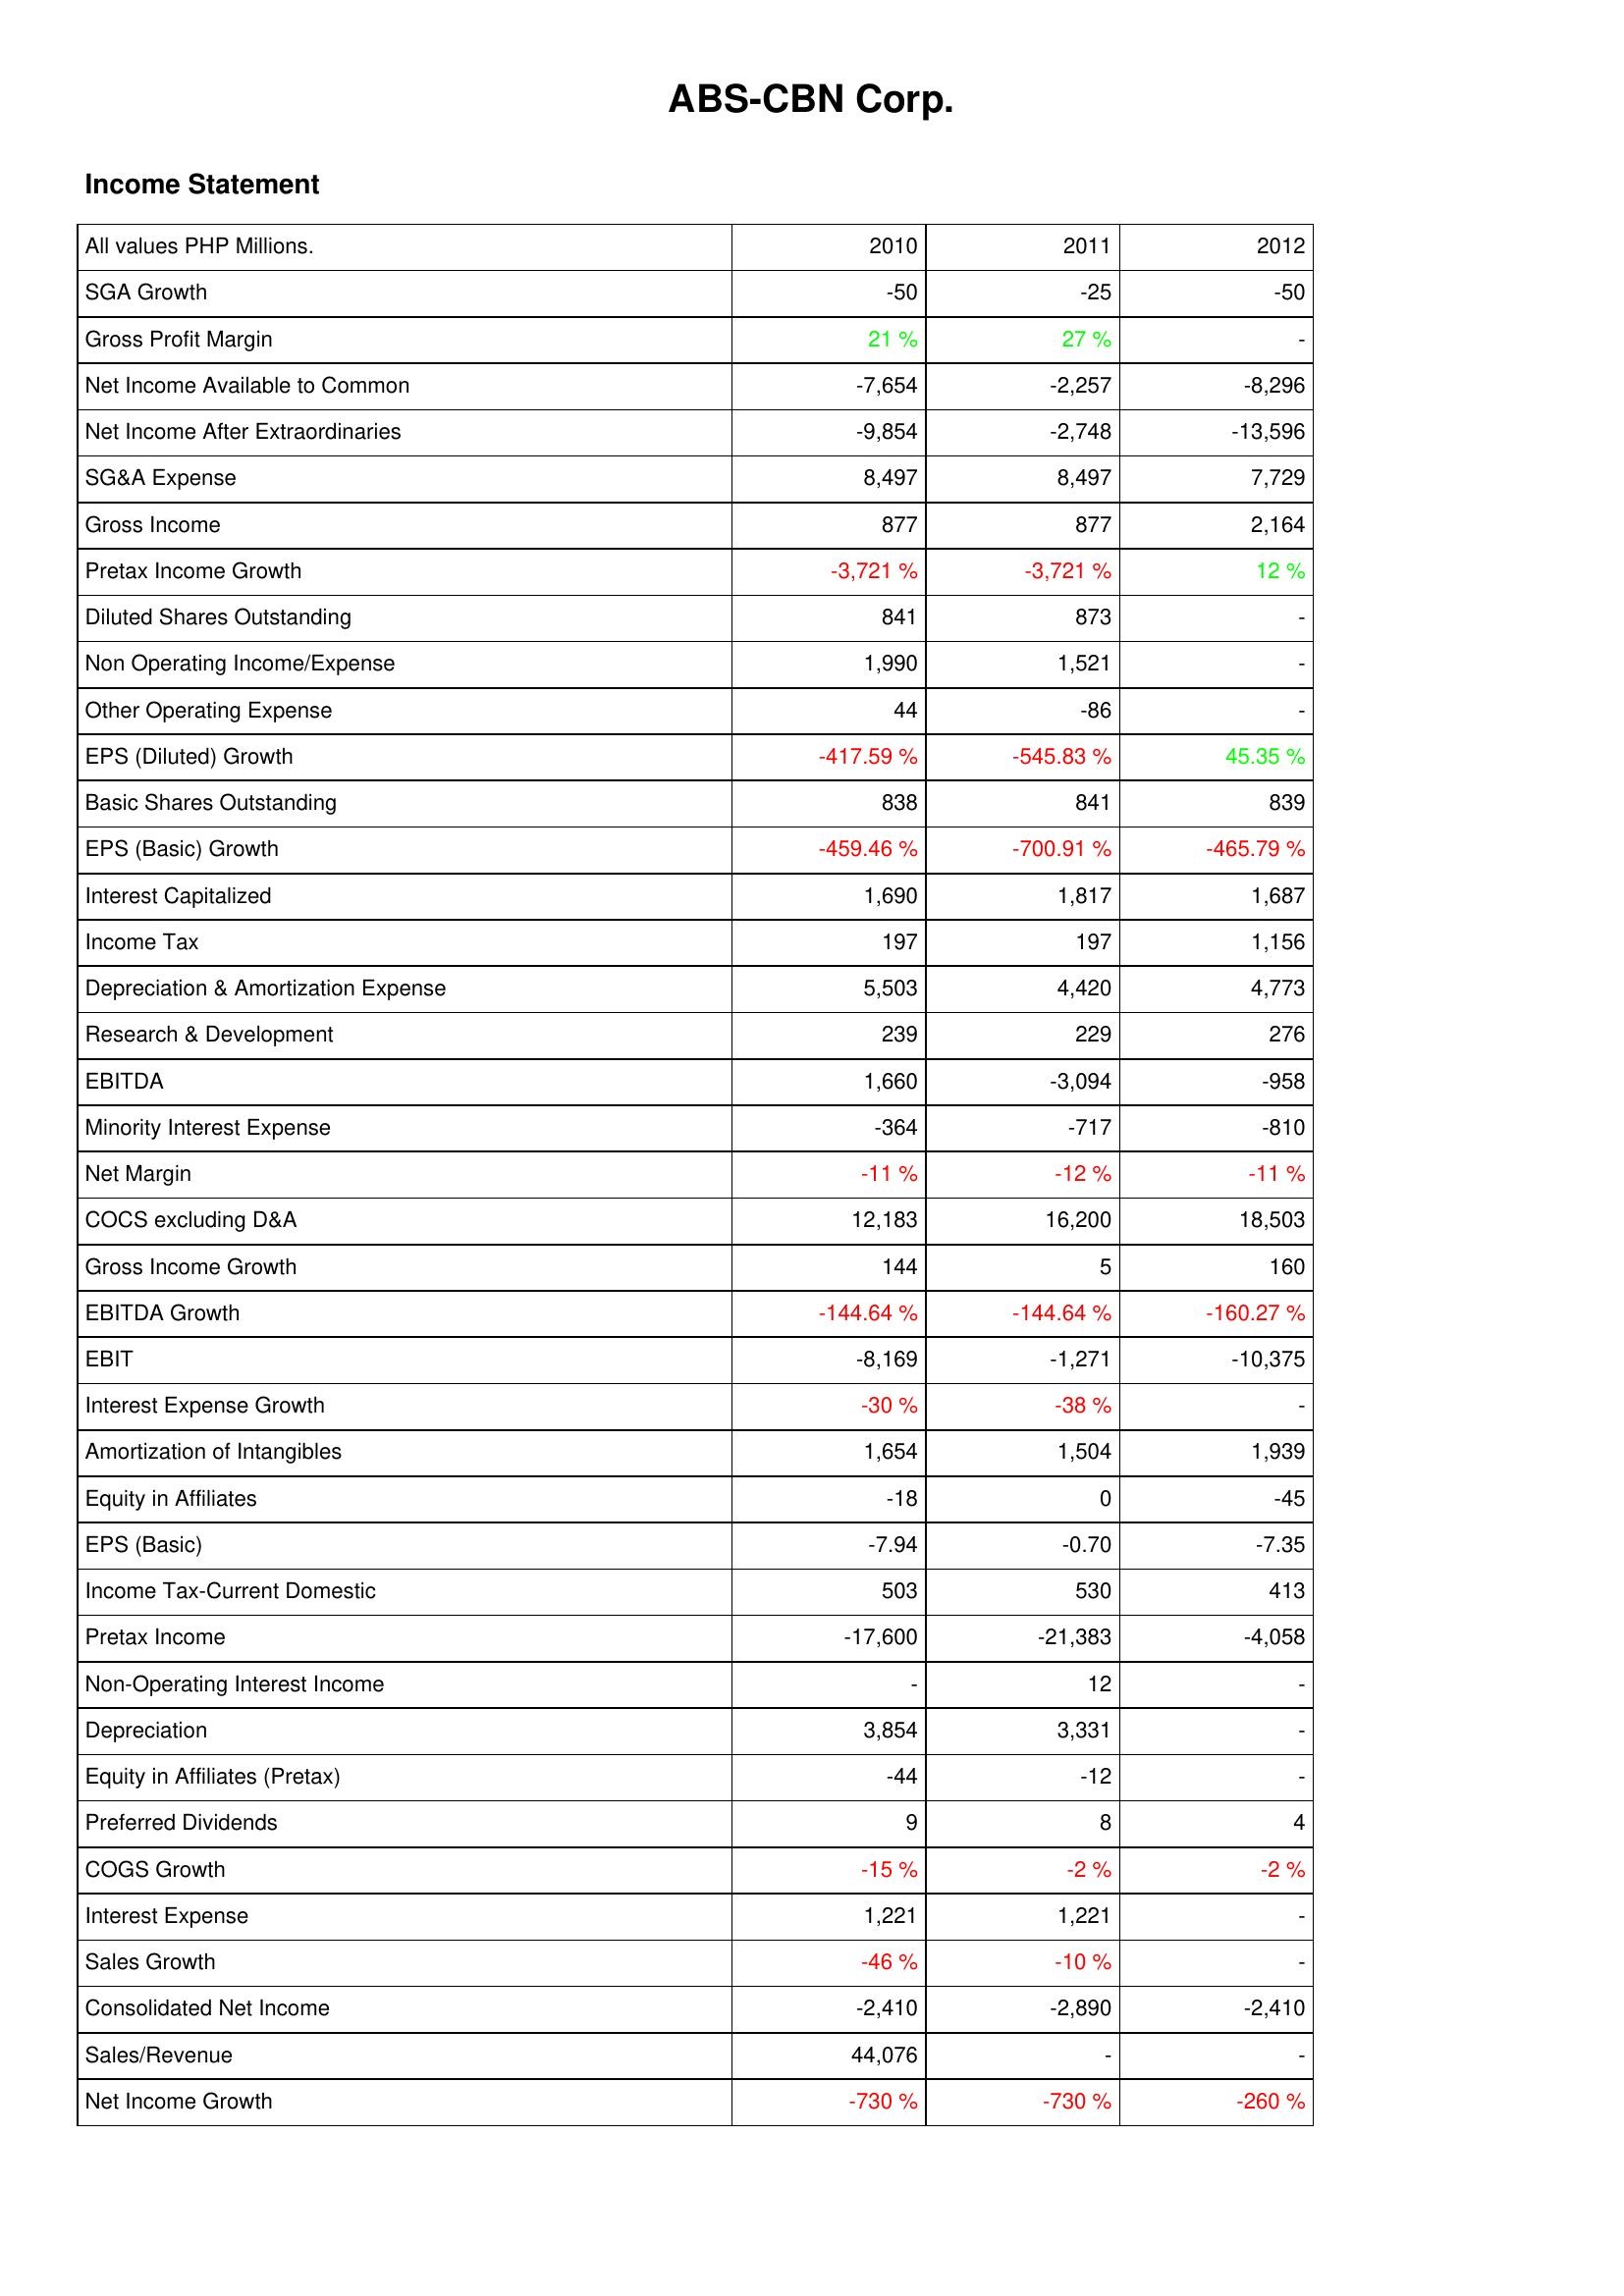
2010: Income Statement: SGA Growth: -50
Gross Profit Margin: 21 %
Net Income Available to Common: -7,654
Net Income After Extraordinaries: -9,854
SG&A Expense: 8,497
Gross Income: 877
Pretax Income Growth: -3,721 %
Diluted Shares Outstanding: 841
Non Operating Income/Expense: 1,990
Other Operating Expense: 44
EPS (Diluted) Growth: -417.59 %
Basic Shares Outstanding: 838
EPS (Basic) Growth: -459.46 %
Interest Capitalized: 1,690
Income Tax: 197
Depreciation & Amortization Expense: 5,503
Research & Development: 239
EBITDA: 1,660
Minority Interest Expense: -364
Net Margin: -11 %
COCS excluding D&A: 12,183
Gross Income Growth: 144
EBITDA Growth: -144.64 %
EBIT: -8,169
Interest Expense Growth: -30 %
Amortization of Intangibles: 1,654
Equity in Affiliates: -18
EPS (Basic): -7.94
Income Tax-Current Domestic: 503
Pretax Income: -17,600
Non-Operating Interest Income: -
Depreciation: 3,854
Equity in Affiliates (Pretax): -44
Preferred Dividends: 9
COGS Growth: -15 %
Interest Expense: 1,221
Sales Growth: -46 %
Consolidated Net Income: -2,410
Sales/Revenue: 44,076
Net Income Growth: -730 %
2011: Income Statement: SGA Growth: -25
Gross Profit Margin: 27 %
Net Income Available to Common: -2,257
Net Income After Extraordinaries: -2,748
SG&A Expense: 8,497
Gross Income: 877
Pretax Income Growth: -3,721 %
Diluted Shares Outstanding: 873
Non Operating Income/Expense: 1,521
Other Operating Expense: -86
EPS (Diluted) Growth: -545.83 %
Basic Shares Outstanding: 841
EPS (Basic) Growth: -700.91 %
Interest Capitalized: 1,817
Income Tax: 197
Depreciation & Amortization Expense: 4,420
Research & Development: 229
EBITDA: -3,094
Minority Interest Expense: -717
Net Margin: -12 %
COCS excluding D&A: 16,200
Gross Income Growth: 5
EBITDA Growth: -144.64 %
EBIT: -1,271
Interest Expense Growth: -38 %
Amortization of Intangibles: 1,504
Equity in Affiliates: 0
EPS (Basic): -0.70
Income Tax-Current Domestic: 530
Pretax Income: -21,383
Non-Operating Interest Income: 12
Depreciation: 3,331
Equity in Affiliates (Pretax): -12
Preferred Dividends: 8
COGS Growth: -2 %
Interest Expense: 1,221
Sales Growth: -10 %
Consolidated Net Income: -2,890
Sales/Revenue: -
Net Income Growth: -730 %
2012: Income Statement: SGA Growth: -50
Gross Profit Margin: -
Net Income Available to Common: -8,296
Net Income After Extraordinaries: -13,596
SG&A Expense: 7,729
Gross Income: 2,164
Pretax Income Growth: 12 %
Diluted Shares Outstanding: -
Non Operating Income/Expense: -
Other Operating Expense: -
EPS (Diluted) Growth: 45.35 %
Basic Shares Outstanding: 839
EPS (Basic) Growth: -465.79 %
Interest Capitalized: 1,687
Income Tax: 1,156
Depreciation & Amortization Expense: 4,773
Research & Development: 276
EBITDA: -958
Minority Interest Expense: -810
Net Margin: -11 %
COCS excluding D&A: 18,503
Gross Income Growth: 160
EBITDA Growth: -160.27 %
EBIT: -10,375
Interest Expense Growth: -
Amortization of Intangibles: 1,939
Equity in Affiliates: -45
EPS (Basic): -7.35
Income Tax-Current Domestic: 413
Pretax Income: -4,058
Non-Operating Interest Income: -
Depreciation: -
Equity in Affiliates (Pretax): -
Preferred Dividends: 4
COGS Growth: -2 %
Interest Expense: -
Sales Growth: -
Consolidated Net Income: -2,410
Sales/Revenue: -
Net Income Growth: -260 %